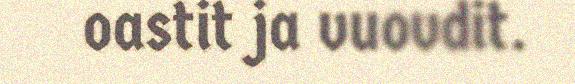
oastit ja vuovdit.